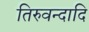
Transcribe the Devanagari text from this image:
तिरुवन्दादि